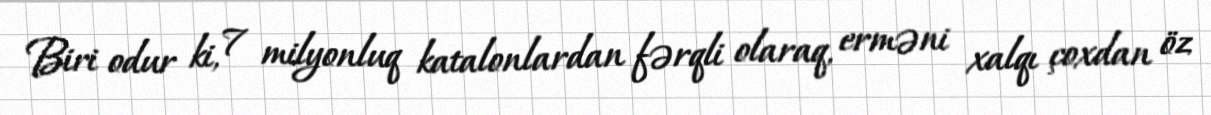
Biri odur ki, 7 milyonluq katalonlardan fərqli olaraq, erməni xalqı çoxdan öz